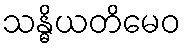
သန္ဓိယတိမေဝ